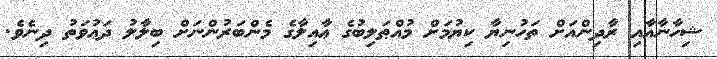
ޝިހާނާއާއި ރާދިންއަށް ތަހުނިޔާ ކިޔުމަށް މުއްޠަލިބުގެ ޢާއިލާގެ މެންބަރުންނަށް ބިލާލު ދަޢުވަތު ދިނެވެ.